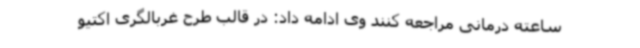
ساعته درمانی مراجعه کنند وی ادامه داد: در قالب طرح غربالگری اکتیو